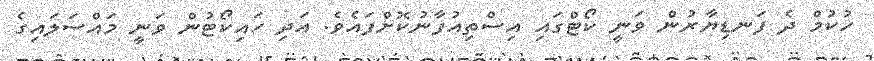
ހުކުމް ދެ ފަނޑިޔާރުން ވަނީ ކޯޓްގައި އިސްތިއުފާނުކޮށްފައެވެ. އަދި ހައިކޯޓުން ވަނީ މައްސަލައިގެ